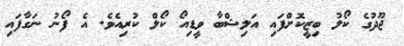
ޖޫދުގެ ކޯލު ބިޒީކޮށްފައި އަލިޝްބާ ވީޑިއޯ ކޯލް ކުރިއެވެ. އެ ފޯނު ނަގާފައި